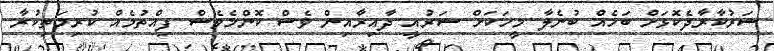
ސަރުކާރާދެކޮޅަށް ބަހެއް ބުނެލާ މީހަކަށް ޝަރުއީ ދާއިރާއިން ވެސް ކޮންމެވެސް ފިއްތުމެއް ކުރިމަތިކުރާ